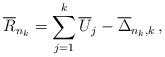
LaTeX: \begin{align*}\overline{R}_{n_k} = \sum_{j=1}^k \overline{U}_j - \overline{\Delta}_{n_k,k} \,,\end{align*}